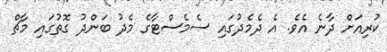
ކުރިއަށް ދާނެ އެވެ. އެ ދެމެދުގައި ސެމެސްޓާގެ މެދު ބަންދު ގޮތުގައި މާޗް